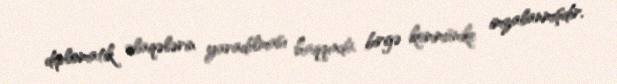
diplomatik əlaqələrin yaradılması haqqında birgə kommünike imzalanmışdır.